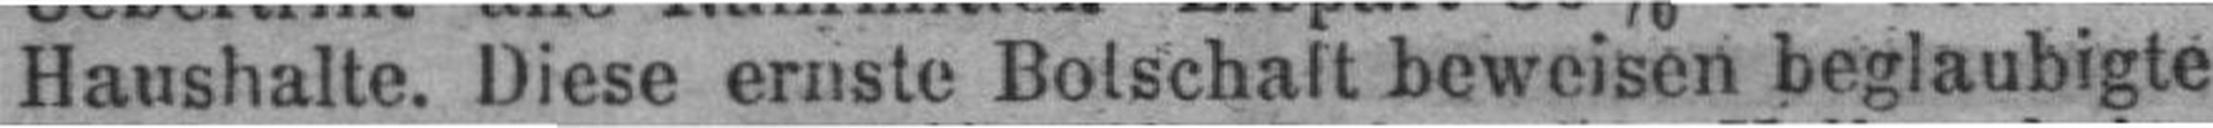
Haushalte. Diese ernste Botschaft beweisen beglaubigte